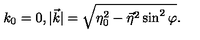
k _ { 0 } = 0 , | \vec { k } | = \sqrt { \eta _ { 0 } ^ { 2 } - { \vec { \eta } } ^ { 2 } \sin ^ { 2 } \varphi } .